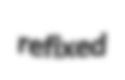
refixed